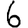
Digit: 6